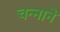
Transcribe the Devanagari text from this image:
चन्‍नाने